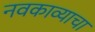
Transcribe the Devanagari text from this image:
नवकाव्याचा